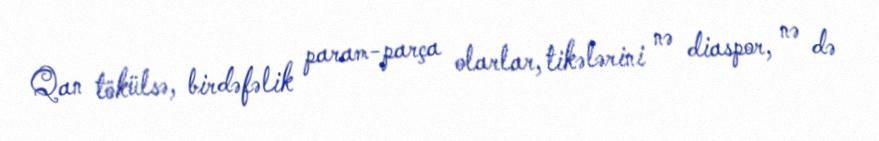
Qan tökülsə, birdəfəlik param-parça olarlar, tikələrini nə diaspor, nə də